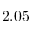
2 . 0 5